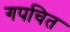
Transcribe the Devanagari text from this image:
गपचित